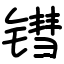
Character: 𬭬